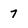
Character: 7